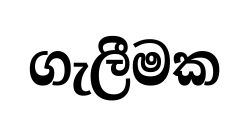
ගැලීමක